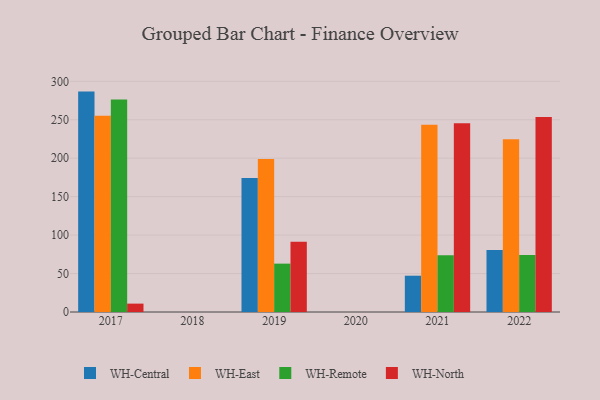
{"axis": {"x": "Year", "y": "Satisfaction Score"}, "legend": ["WH-Central", "WH-East", "WH-North", "WH-Remote"], "data": [{"x": "2021", "y": 47.2, "type": "WH-Central"}, {"x": "2021", "y": 243.4, "type": "WH-East"}, {"x": "2021", "y": 73.9, "type": "WH-Remote"}, {"x": "2021", "y": 245.3, "type": "WH-North"}, {"x": "2022", "y": 80.7, "type": "WH-Central"}, {"x": "2022", "y": 224.7, "type": "WH-East"}, {"x": "2022", "y": 74.2, "type": "WH-Remote"}, {"x": "2022", "y": 253.5, "type": "WH-North"}, {"x": "2017", "y": 286.6, "type": "WH-Central"}, {"x": "2017", "y": 255.1, "type": "WH-East"}, {"x": "2017", "y": 276.4, "type": "WH-Remote"}, {"x": "2017", "y": 10.9, "type": "WH-North"}, {"x": "2019", "y": 174.1, "type": "WH-Central"}, {"x": "2019", "y": 199.0, "type": "WH-East"}, {"x": "2019", "y": 62.9, "type": "WH-Remote"}, {"x": "2019", "y": 91.3, "type": "WH-North"}]}